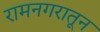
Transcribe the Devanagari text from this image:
रामनगरातून